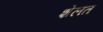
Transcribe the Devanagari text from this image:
शेलत